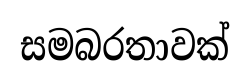
සමබරතාවක්